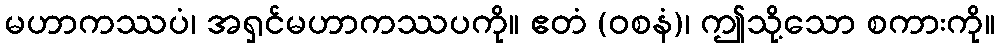
မဟာကဿပံ၊ အရှင်မဟာကဿပကို။ ဧတံ (ဝစနံ)၊ ဤသို့သော စကားကို။